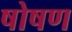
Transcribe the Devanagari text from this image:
षोषण